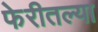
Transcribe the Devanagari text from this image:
फेरीतल्या